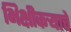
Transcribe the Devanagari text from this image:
भिक्षीकऱ्याचे